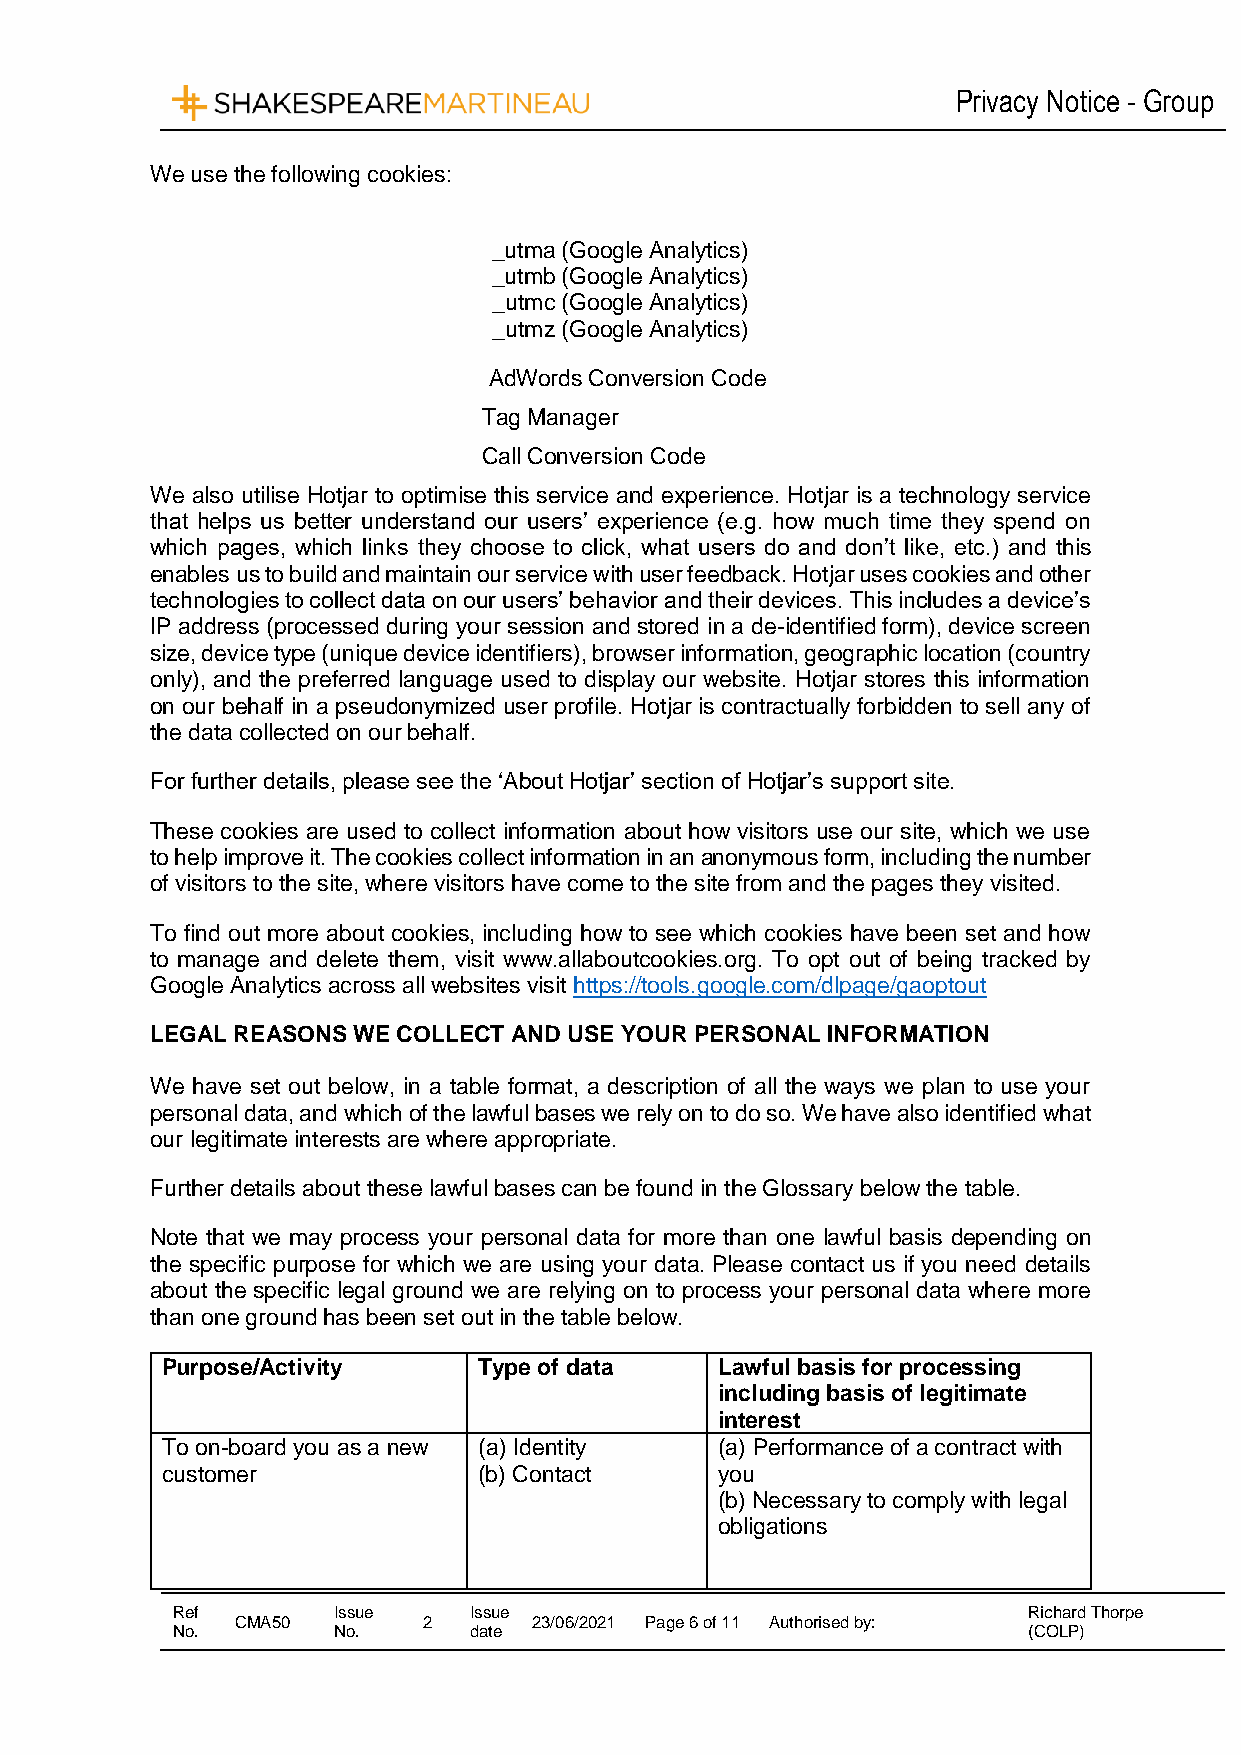
Privacy Notice - Group
 We use the following cookies:
 _utma (Google Analytics)
 _utmb (Google Analytics)
 _utmc (Google Analytics)
 _utmz (Google Analytics)
 AdWords Conversion Code
 Tag Manager
 Call Conversion Code
 We also utilise Hotjar to optimise this service and experience. Hotjar is a technology service
 that helps us better understand our users’ experience (e.g. how much time they spend on
 which pages, which links they choose to click, what users do and don’t like, etc.) and this
 enables us to build and maintain our service with user feedback. Hotjar uses cookies and other
 technologies to collect data on our users’ behavior and their devices. This includes a device’s
 IP address (processed during your session and stored in a de-identified form), device screen
 size, device type (unique device identifiers), browser information, geographic location (country
 only), and the preferred language used to display our website. Hotjar stores this information
 on our behalf in a pseudonymized user profile. Hotjar is contractually forbidden to sell any of
 the data collected on our behalf.
 For further details, please see the ‘About Hotjar’ section of Hotjar’s support site.
 These cookies are used to collect information about how visitors use our site, which we use
 to help improve it. The cookies collect information in an anonymous form, including the number
 of visitors to the site, where visitors have come to the site from and the pages they visited.
 To find out more about cookies, including how to see which cookies have been set and how
 to manage and delete them, visit www.allaboutcookies.org. To opt out of being tracked by
 Google Analytics across all websites visit https://tools.google.com/dlpage/gaoptout
 LEGAL REASONS WE COLLECT AND USE YOUR PERSONAL INFORMATION
 We have set out below, in a table format, a description of all the ways we plan to use your
 personal data, and which of the lawful bases we rely on to do so. We have also identified what
 our legitimate interests are where appropriate.
 Further details about these lawful bases can be found in the Glossary below the table.
 Note that we may process your personal data for more than one lawful basis depending on
 the specific purpose for which we are using your data. Please contact us if you need details
 about the specific legal ground we are relying on to process your personal data where more
 than one ground has been set out in the table below.
 Purpose/Activity     Type of data    Lawful basis for processing
 including basis of legitimate
 interest
 To on-board you as a new (a) Identity (a) Performance of a contract with
 customer             (b) Contact     you
 (b) Necessary to comply with legal
 obligations
 Ref        Issue    Issue                                Richard Thorpe
 CMA50       2      23/06/2021 Page 6 of 11 Authorised by:
 No.        No.      date                                 (COLP)